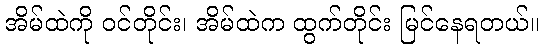
အိမ်ထဲကို ဝင်တိုင်း၊ အိမ်ထဲက ထွက်တိုင်း မြင်နေရတယ်။